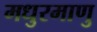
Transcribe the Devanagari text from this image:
मधुरमाणु